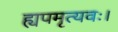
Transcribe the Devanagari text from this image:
ह्यपमृत्यवः।